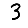
Digit: 3